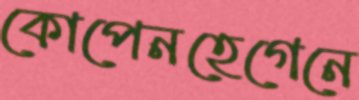
কোপেনহেগেনে